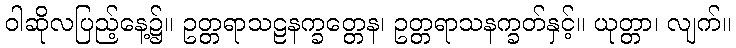
ဝါဆိုလပြည့်နေ့၌။ ဥတ္တရာသဠနက္ခတ္တေန၊ ဥတ္တရာသနက္ခတ်နှင့်။ ယုတ္တာ၊ လျက်။